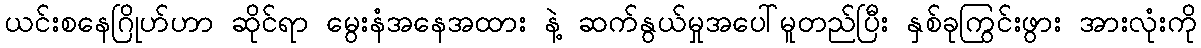
ယင်းစနေဂြိုဟ်ဟာ ဆိုင်ရာ မွေးနံအနေအထား နဲ့ ဆက်နွယ်မှုအပေါ်မူတည်ပြီး နှစ်ခုကြွင်းဖွား အားလုံးကို